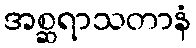
အစ္ဆရာသတာနံ